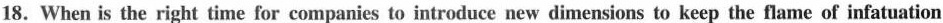
18. When is the right time for companies to introduce new dimensions to keep the flame of infatuation